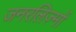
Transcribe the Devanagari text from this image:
जनरलिज़्मों